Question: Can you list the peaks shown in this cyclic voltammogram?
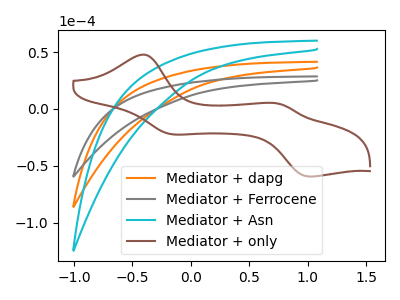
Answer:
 <answer>The orange curve "Mediator + dapg" has no peaks. The gray curve "Mediator + Ferrocene" has no peaks. The cyan curve "Mediator + Asn" has no peaks. The brown curve "Mediator + only" has anodic peaks at (-0.40V, 47.70uA) (0.75V, 4.65uA) and cathodic peaks at (-0.15V, -22.30uA) (1.00V, -59.40uA).</answer>
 <eval></eval>